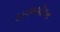
કપાલમોચન